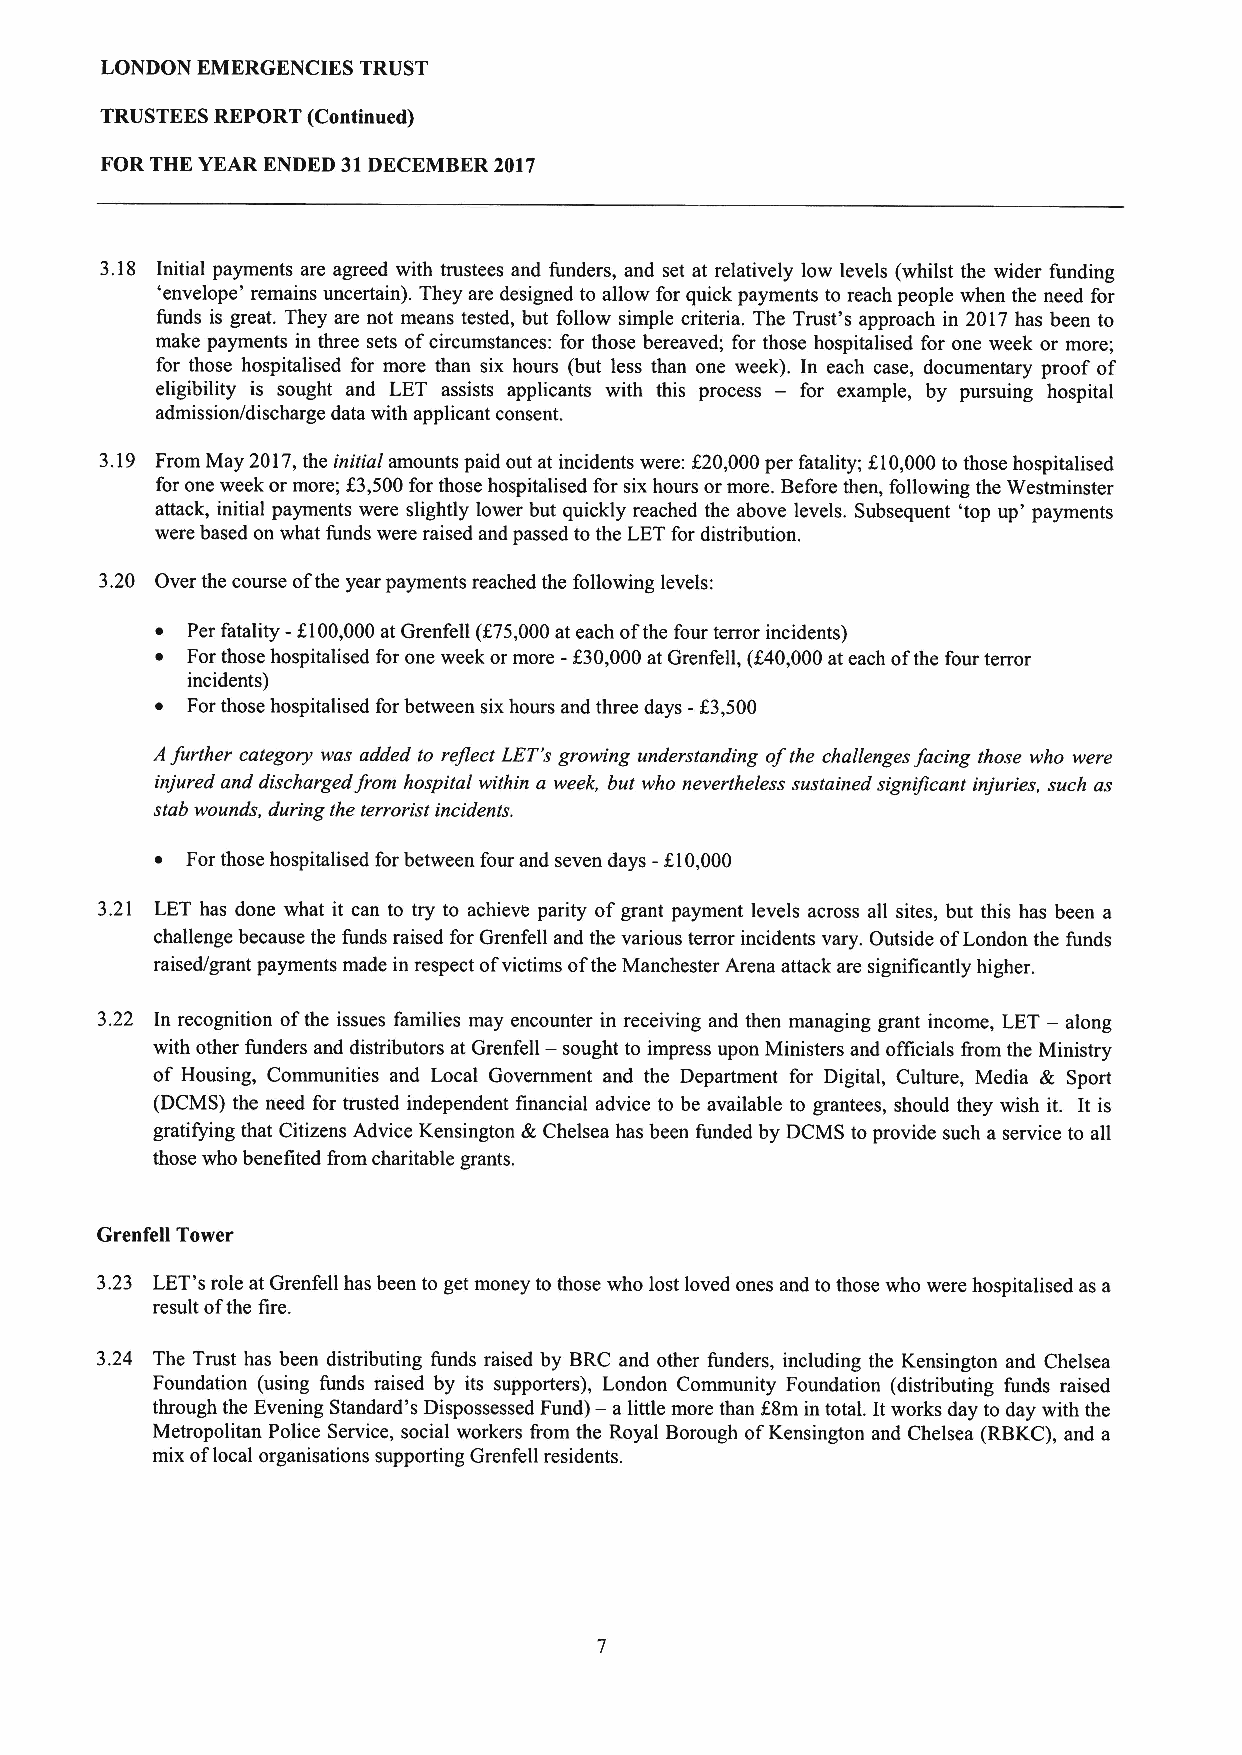
LONDON EMERGENCIES TRUST
 TRUSTEES REPORT (Continued)
 FOR THE YEAR ENDED 31DECEMBER 2017
 3.18 Initial payments are agreed with trustees and funders, and set at relatively low levels (whilst the wider funding
 'envelope' remains uncertain). They are designed to allow for quick payments to reach people when the need for
 funds is great. They are not means tested, but follow simple criteria. The Trust's approach in 2017has been to
 make payments in three sets ofcircumstances: for those bereaved; for those hospitalised for one week or more;
 for those hospitalised for more than six hours (but less than one week). In each case, documentary proof of
 eligibility is sought and LET assists applicants with this process — for example, by pursuing hospital
 admission/discharge data with applicant consent.
 3.19 From May 2017,the initial amounts paid out at incidents were: K20,000per fatality; K10,000to those hospitalised
 for one week or more; K3,500for those hospitalised for six hours or more. Before then, following the Westminster
 attack, initial payments were slightly lower but quickly reached the above levels. Subsequent 'top up' payments
 were based on what funds were raised and passed to the LETfor distribution.
 3.20 Over the course ofthe year payments reached the following levels:
 ~ Per fatality -f100,000at Grenfell (K75,000at each ofthe four terror incidents)
 ~ For those hospitalised for one week or more -f30,000at Grenfell, (840,000at each ofthe four terror
 incidents)
 ~ For those hospitalised for between six hours and three days -K3,500
 Afurther category was added to reflect LET's growing understanding ofthe challenges facing those who were
 injured and discharged from hospital within a week, but who nevertheless sustained significant injuries, such as
 stab wounds, during the terrorist incidents.
 ~ For those hospitalised for between four and seven days -f.10,000
 3.21 LET has done what it can to try to achieve parity ofgrant payment levels across all sites, but this has been a
 challenge because the funds raised for Grenfell and the various terror incidents vary. Outside ofLondon the funds
 raised/grant payments made in respect ofvictims ofthe Manchester Arena attack are significantly higher.
 3.22 In recognition ofthe issues families may encounter in receiving and then managing grant income, LET — along
 —
 with other funders and distributors at Grenfell sought to impress upon Ministers and officials &om the Ministry
 of Housing, Communities and Local Government and the Department for Digital, Culture, Media & Sport
 (DCMS) the need for trusted independent financial advice to be available to grantees, should they wish it. It is
 gratifying that Citizens Advice Kensington &Chelsea has been funded by DCMS to provide such a service to all
 those who benefited from charitable grants.
 Grenfell Tower
 3.23 LET's role at Grenfell has been to get money to those who lost loved ones and to those who were hospitalised as a
 result ofthe fire.
 3.24 The Trust has been distributing funds raised by BRC and other funders, including the Kensington and Chelsea
 Foundation (using funds raised by its supporters), London Community Foundation (distributing funds raised
 through the Evening Standard's Dispossessed Fund) — a little more than 68m in total. It works day to day with the
 Metropolitan Police Service, social workers from the Royal Borough ofKensington and Chelsea (RBKC),and a
 mix oflocal organisations supporting Grenfell residents.